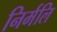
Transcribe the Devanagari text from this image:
निर्मलि